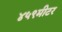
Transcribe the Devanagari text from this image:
४५९मीटर